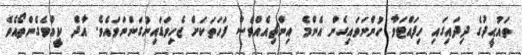
ތައުޙީދުގެ ދިދައިގައި ހިފައްޓަވާ ހުންނަވައިގެން އެންމެ އިންޗިއެއްވެސް ފަހަތަކަށް ޖެހިވަޑައިނުގަންނަވައެވެ. އާދެ ކީއްވެގެންތޯއެވެ